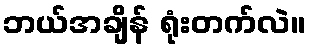
ဘယ်အချိန် ရုံးတက်လဲ။